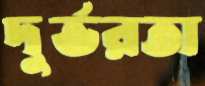
দুর্ভরতা